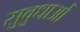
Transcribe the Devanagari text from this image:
सुवुधाओं